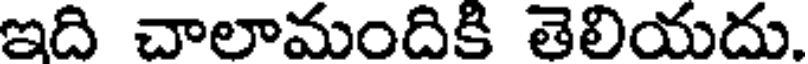
ఇది చాలామందికి తెలియదు.